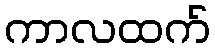
ကာလထက်